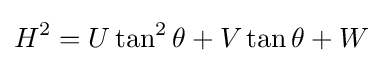
H^{2}=U\tan ^{2}\theta +V\tan \theta +W